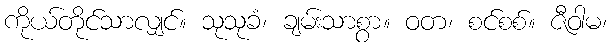
ကိုယ်တိုင်သာလျှင်။ သုသုခံ၊ ချမ်းသာစွာ။ ဝတ၊ စင်စစ်။ ဇီဝါမ၊